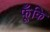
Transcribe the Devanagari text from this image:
फूँकि